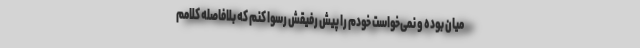
میان بوده و نمی‌خواست خودم را پیش رفیقش رسوا کنم که بلافاصله کلامم